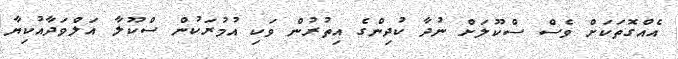
އެއްގޮތަކަށް ވެސް ސްކޫލަށް ނުދާ ކުދިންގެ އިތުރުން ވަކި އުމުރަކުން ސްކޫލާ އަލްވަދާއުކިޔާ